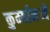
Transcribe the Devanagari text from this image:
कुर्म्यामध्ये